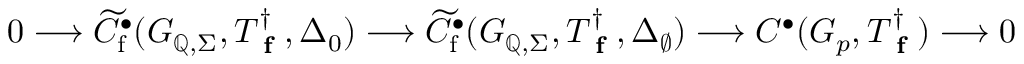
0 \longrightarrow \widetilde { C } _ { \mathrm { f } } ^ { \bullet } ( G _ { \mathbb { Q } , \Sigma } , T _ { \textup { \bf f } } ^ { \dagger } , \Delta _ { 0 } ) \longrightarrow \widetilde { C } _ { \mathrm { f } } ^ { \bullet } ( G _ { \mathbb { Q } , \Sigma } , T _ { \textup { \bf f } } ^ { \dagger } , \Delta _ { \emptyset } ) \longrightarrow C ^ { \bullet } ( G _ { p } , T _ { \textup { \bf f } } ^ { \dagger } ) \longrightarrow 0